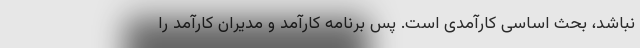
نباشد، بحث اساسی کارآمدی است. پس برنامه کارآمد و مدیران کارآمد را